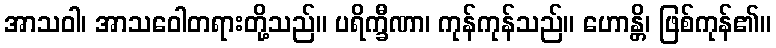
အာသဝါ၊ အာသဝေါတရားတို့သည်။ ပရိက္ခီဏာ၊ ကုန်ကုန်သည်။ ဟောန္တိ၊ ဖြစ်ကုန်၏။